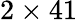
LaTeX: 2\times 41